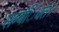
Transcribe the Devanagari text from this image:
सम्बंिधत।